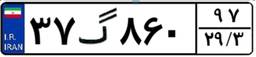
۳۷گ۸۶۰۹۷